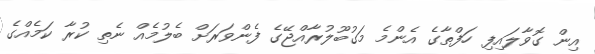
އިން ގޮވާލައިފި ހަފްތާގެ އެންމެ މަގުބޫލުރާއްޖޭގެ ފެންވަރަށް ބެލުމެއް ނެތި ކުރާ ކަމެއްގެ